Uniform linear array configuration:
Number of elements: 24
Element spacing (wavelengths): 0.25
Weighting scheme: hann
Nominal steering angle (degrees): -60
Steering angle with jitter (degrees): -61.899
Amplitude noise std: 0.05
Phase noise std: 0.05

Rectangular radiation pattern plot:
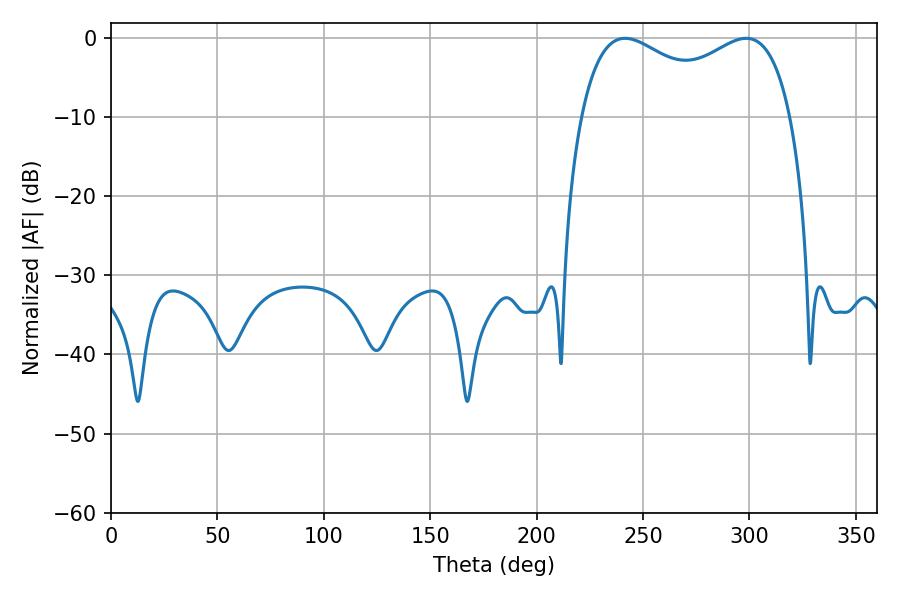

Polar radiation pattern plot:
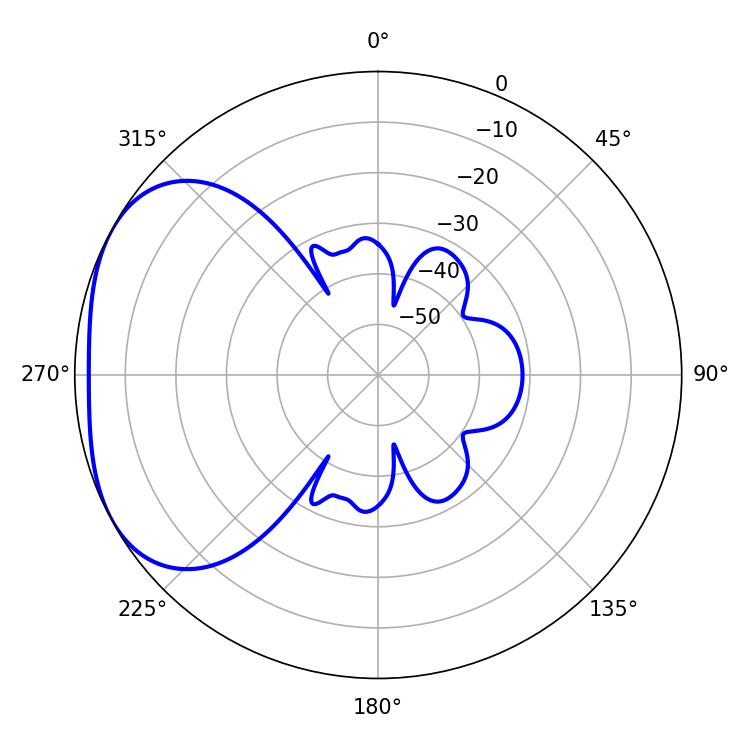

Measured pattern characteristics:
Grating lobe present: FALSE
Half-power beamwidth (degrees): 82.08
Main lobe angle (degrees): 241.56